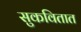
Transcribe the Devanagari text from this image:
सुकवितात